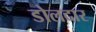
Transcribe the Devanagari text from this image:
डोलदार